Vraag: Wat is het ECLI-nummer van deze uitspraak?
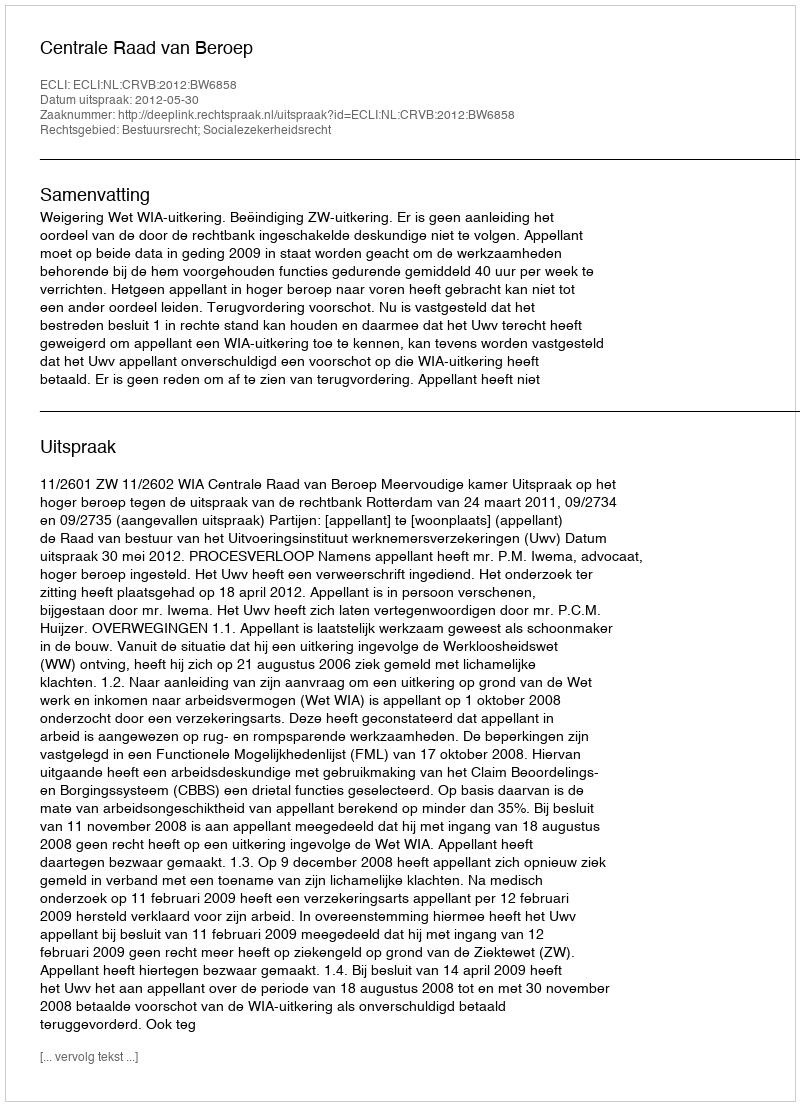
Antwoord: ECLI:NL:CRVB:2012:BW6858